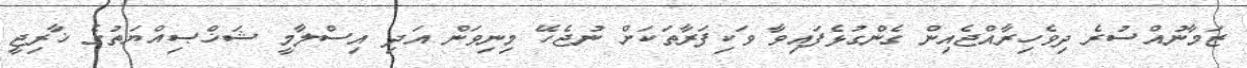
ޒަމާނުއްސުރެ ދިވެހިރާއްޖެއިން ގެންގުޅެފައިވާ ވަކިފަރާތަކަށް ނުޖެހޭ މިނިވަން އަދި އިސްލާމީ ޝަޚްޞިއްޔަތުގެ ޚާރިޖީ